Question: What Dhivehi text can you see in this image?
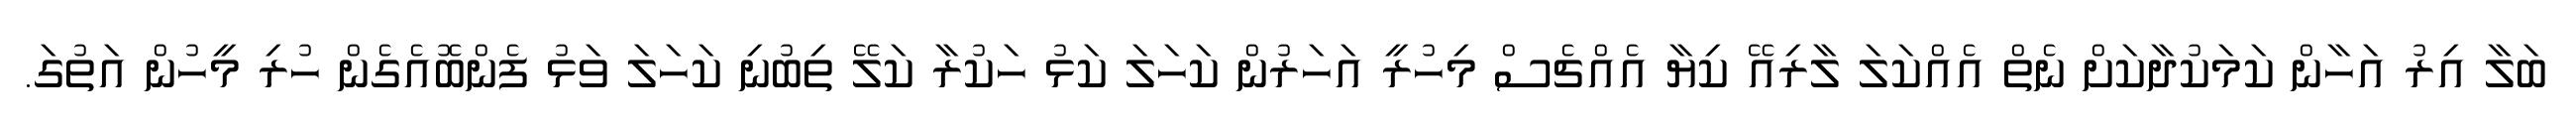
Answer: ބަލާ އިރު އަހާން ކަމަކުދާކަށް ނެތް އެއްކަލަ ލާރިއޭ ކިޔާ އެއްޗެސް މިހުރީ އަހަރުން ކަހަލަ ކަޅު ހަކުރާ ކަލޭ ތިބުނި ކަހަލަ ވަޅު ފެންބޮއެގެން ހުރި މީހުން އަތުގަ.